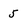
Character: 5